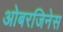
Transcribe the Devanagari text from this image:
ओबरजिनेस